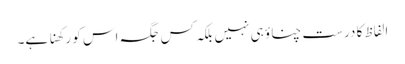
الفاظ کا درست چناؤ ہی نہیں بلکہ کس جگہ اس کو رکھنا ہے۔